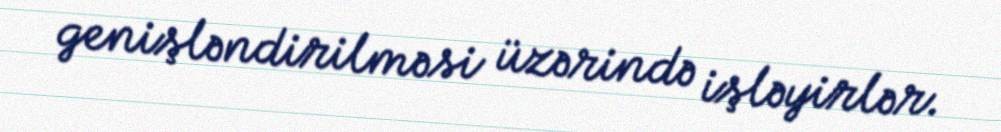
genişləndirilməsi üzərində işləyirlər.